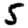
Digit: 5